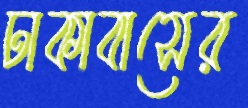
ঢাকাবাসের